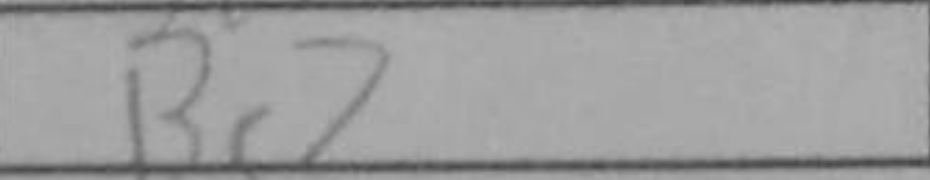
Transcription: Bc2